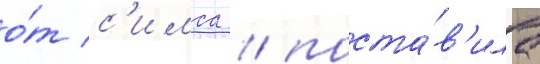
о́т с'имса / поста́в'ила